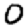
Digit: 0